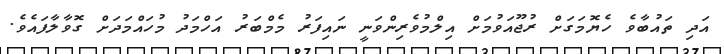
އަދި ތައުބާވެ ހެޔޮމަގަށް ރުޖޫއަވުމަށް އިލްމުވެރިންވަނީ ނައިފަރު މެމްބަރު އަހްމަދު މުހައްމަދަށް ގޮވާލާފައެވެ.